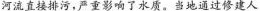
河流直接排污，严重影响了水质。当地通过修建人